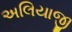
અલિયાજી